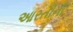
આરતીની